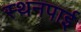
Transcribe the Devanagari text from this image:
स्थनपाई